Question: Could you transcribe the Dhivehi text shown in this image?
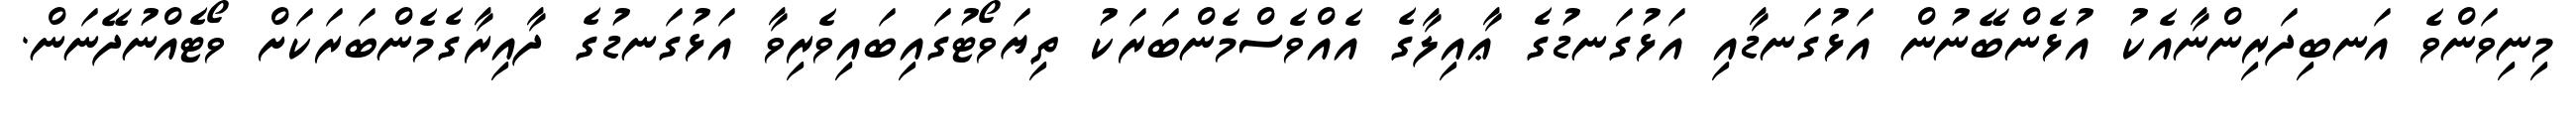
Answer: މިނިވަންވެ އަނބިދަރިންނާއެކު އުޅެންބޭނުން އަޅުގަނޑާއި އަޅުގަނޑުގެ ޢާއިލާގެ އެއްވެސްމެންބަރަކު ތިޔަވޯޓުގައިބައިވެރިވާ އަޅުގަނޑުގެ ދާއިރާގެމެންބަރަކަށް ވޯޓެއްނުދޭނަން.